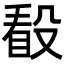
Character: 𣪦